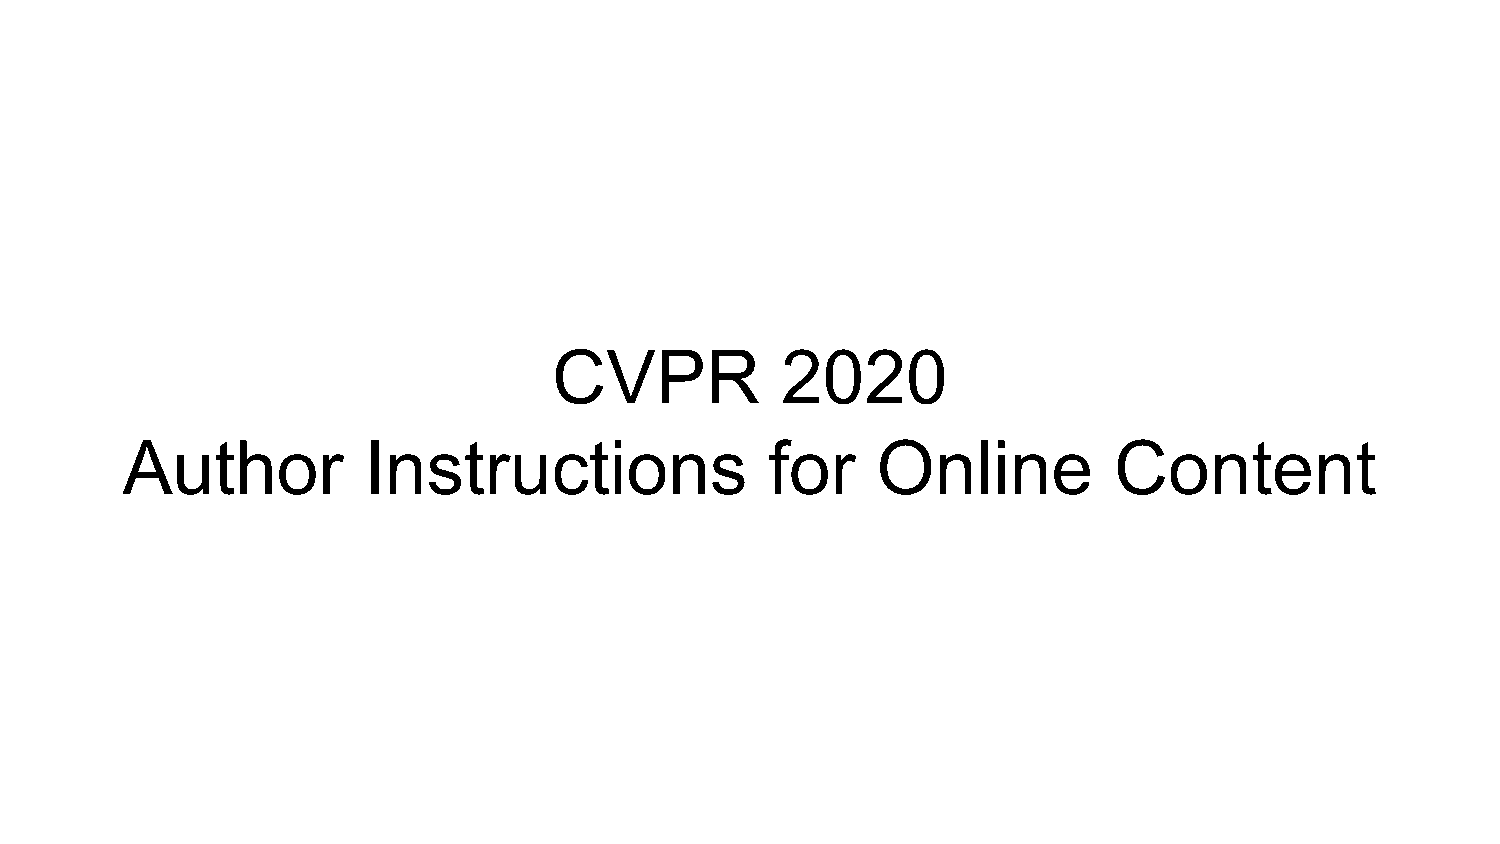
CVPR           2020
 Author          Instructions               for    Online          Content